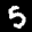
Label: 5